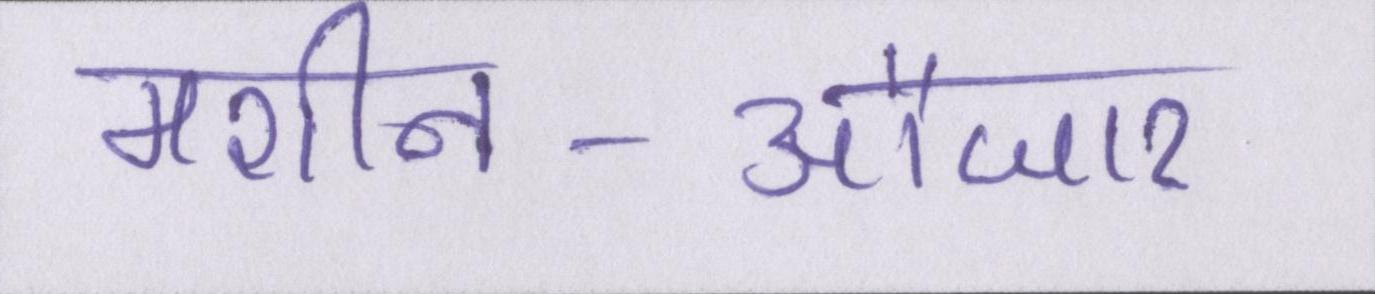
मशीन-औजार